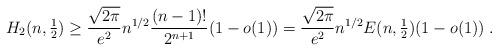
LaTeX: \begin{align*}H_2(n,{\textstyle \frac{1}{2}}) \ge \frac{\sqrt{2\pi}}{e^2}n^{1/2} \frac{(n-1)!}{2^{n+1}}(1-o(1)) =\frac{\sqrt{2\pi}}{e^2}n^{1/2} E(n,{\textstyle \frac{1}{2}})(1-o(1))\;.\end{align*}